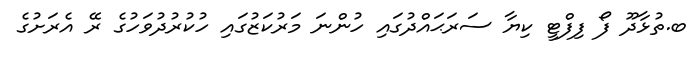
ބ.ތުޅާދޫ ފޯ ފިފްޓީ ކިޔާ ސަރަޙައްދުގައި ހުންނަ މަރުކަޒުގައި ހުކުރުދުވަހުގެ ރޭ އެރަށުގެ